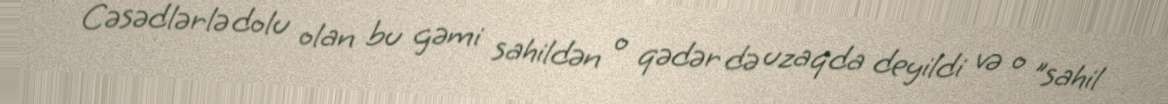
Cəsədlərlə dolu olan bu gəmi sahildən o qədər də uzaqda deyildi və o "sahil